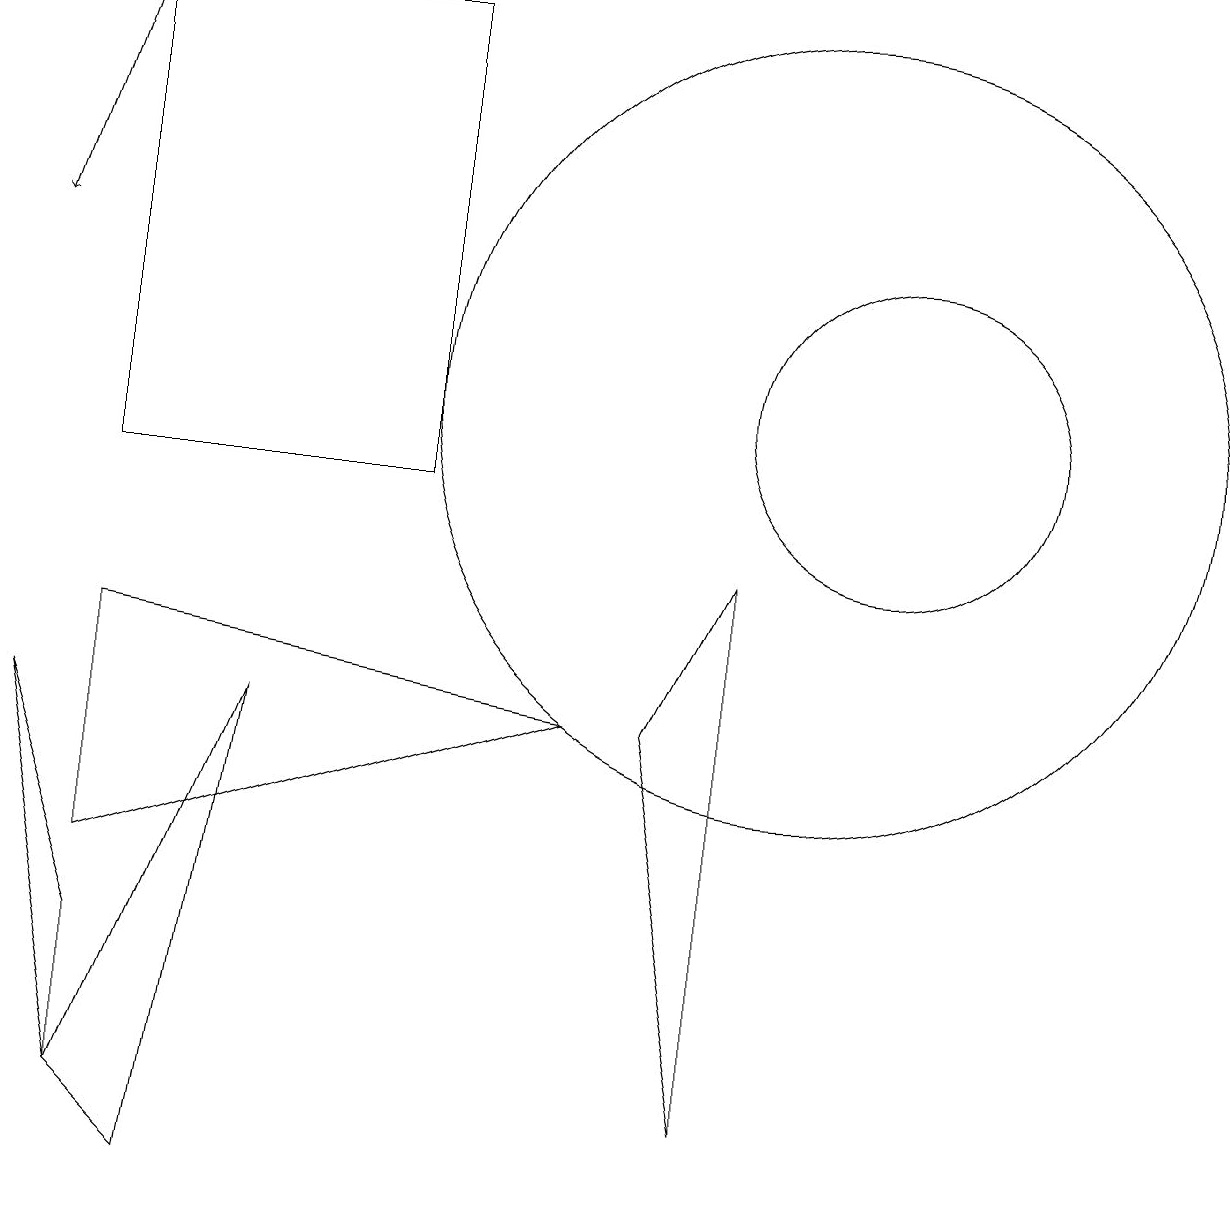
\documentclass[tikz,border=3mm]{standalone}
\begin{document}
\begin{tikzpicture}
\draw (8,7) -- (9,2) -- (9,9) -- cycle;
\draw (5,10) rectangle (1,16);
\draw (11,11) circle (2);
\draw (2,1) -- (3,7) -- (1,2) -- cycle;
\draw (1,8) -- (7,7) -- (1,5) -- cycle;
\draw (1,2) -- (1,4) -- (0,7) -- cycle;
\draw[->] (1,16) -- (0,13);
\draw (10,11) circle (5);
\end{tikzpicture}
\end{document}